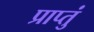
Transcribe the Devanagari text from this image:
प्राप्तुं